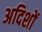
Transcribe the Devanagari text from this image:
अदिशों